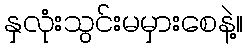
နှလုံးသွင်းမမှားစေနဲ့။